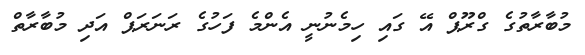
މުބާރާތުގެ ގްރޫޕް އޭ ގައި ހިމެނުނީ އެންމެ ފަހުގެ ރަނަރަޕް އަދި މުބާރާތް